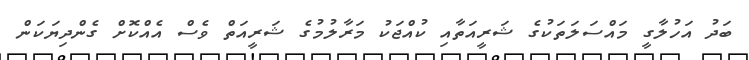
ބަދު އަހުލާގީ މައްސަލަތަކުގެ ޝަރީއަތާއި ކުއްޖަކު މަރާލުމުގެ ޝަރީއަތް ވެސް އެއްކޮށް ގެންދިޔަކަން